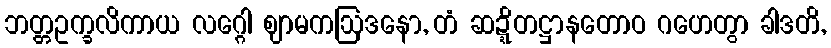
ဘတ္တဥက္ခလိကာယ လဂ္ဂေါ ဈာမကဩဒနော, တံ ဆဍ္ဍိတဋ္ဌာနတောဝ ဂဟေတွာ ခါဒတိ,